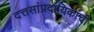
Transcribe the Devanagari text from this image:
दत्तसांप्रदायिकांची